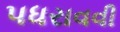
પધરાવવી